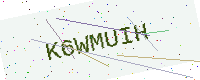
Text: K6WMUIH